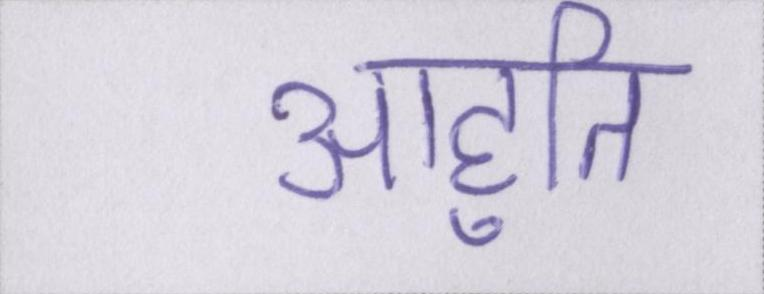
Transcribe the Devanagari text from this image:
आहुति